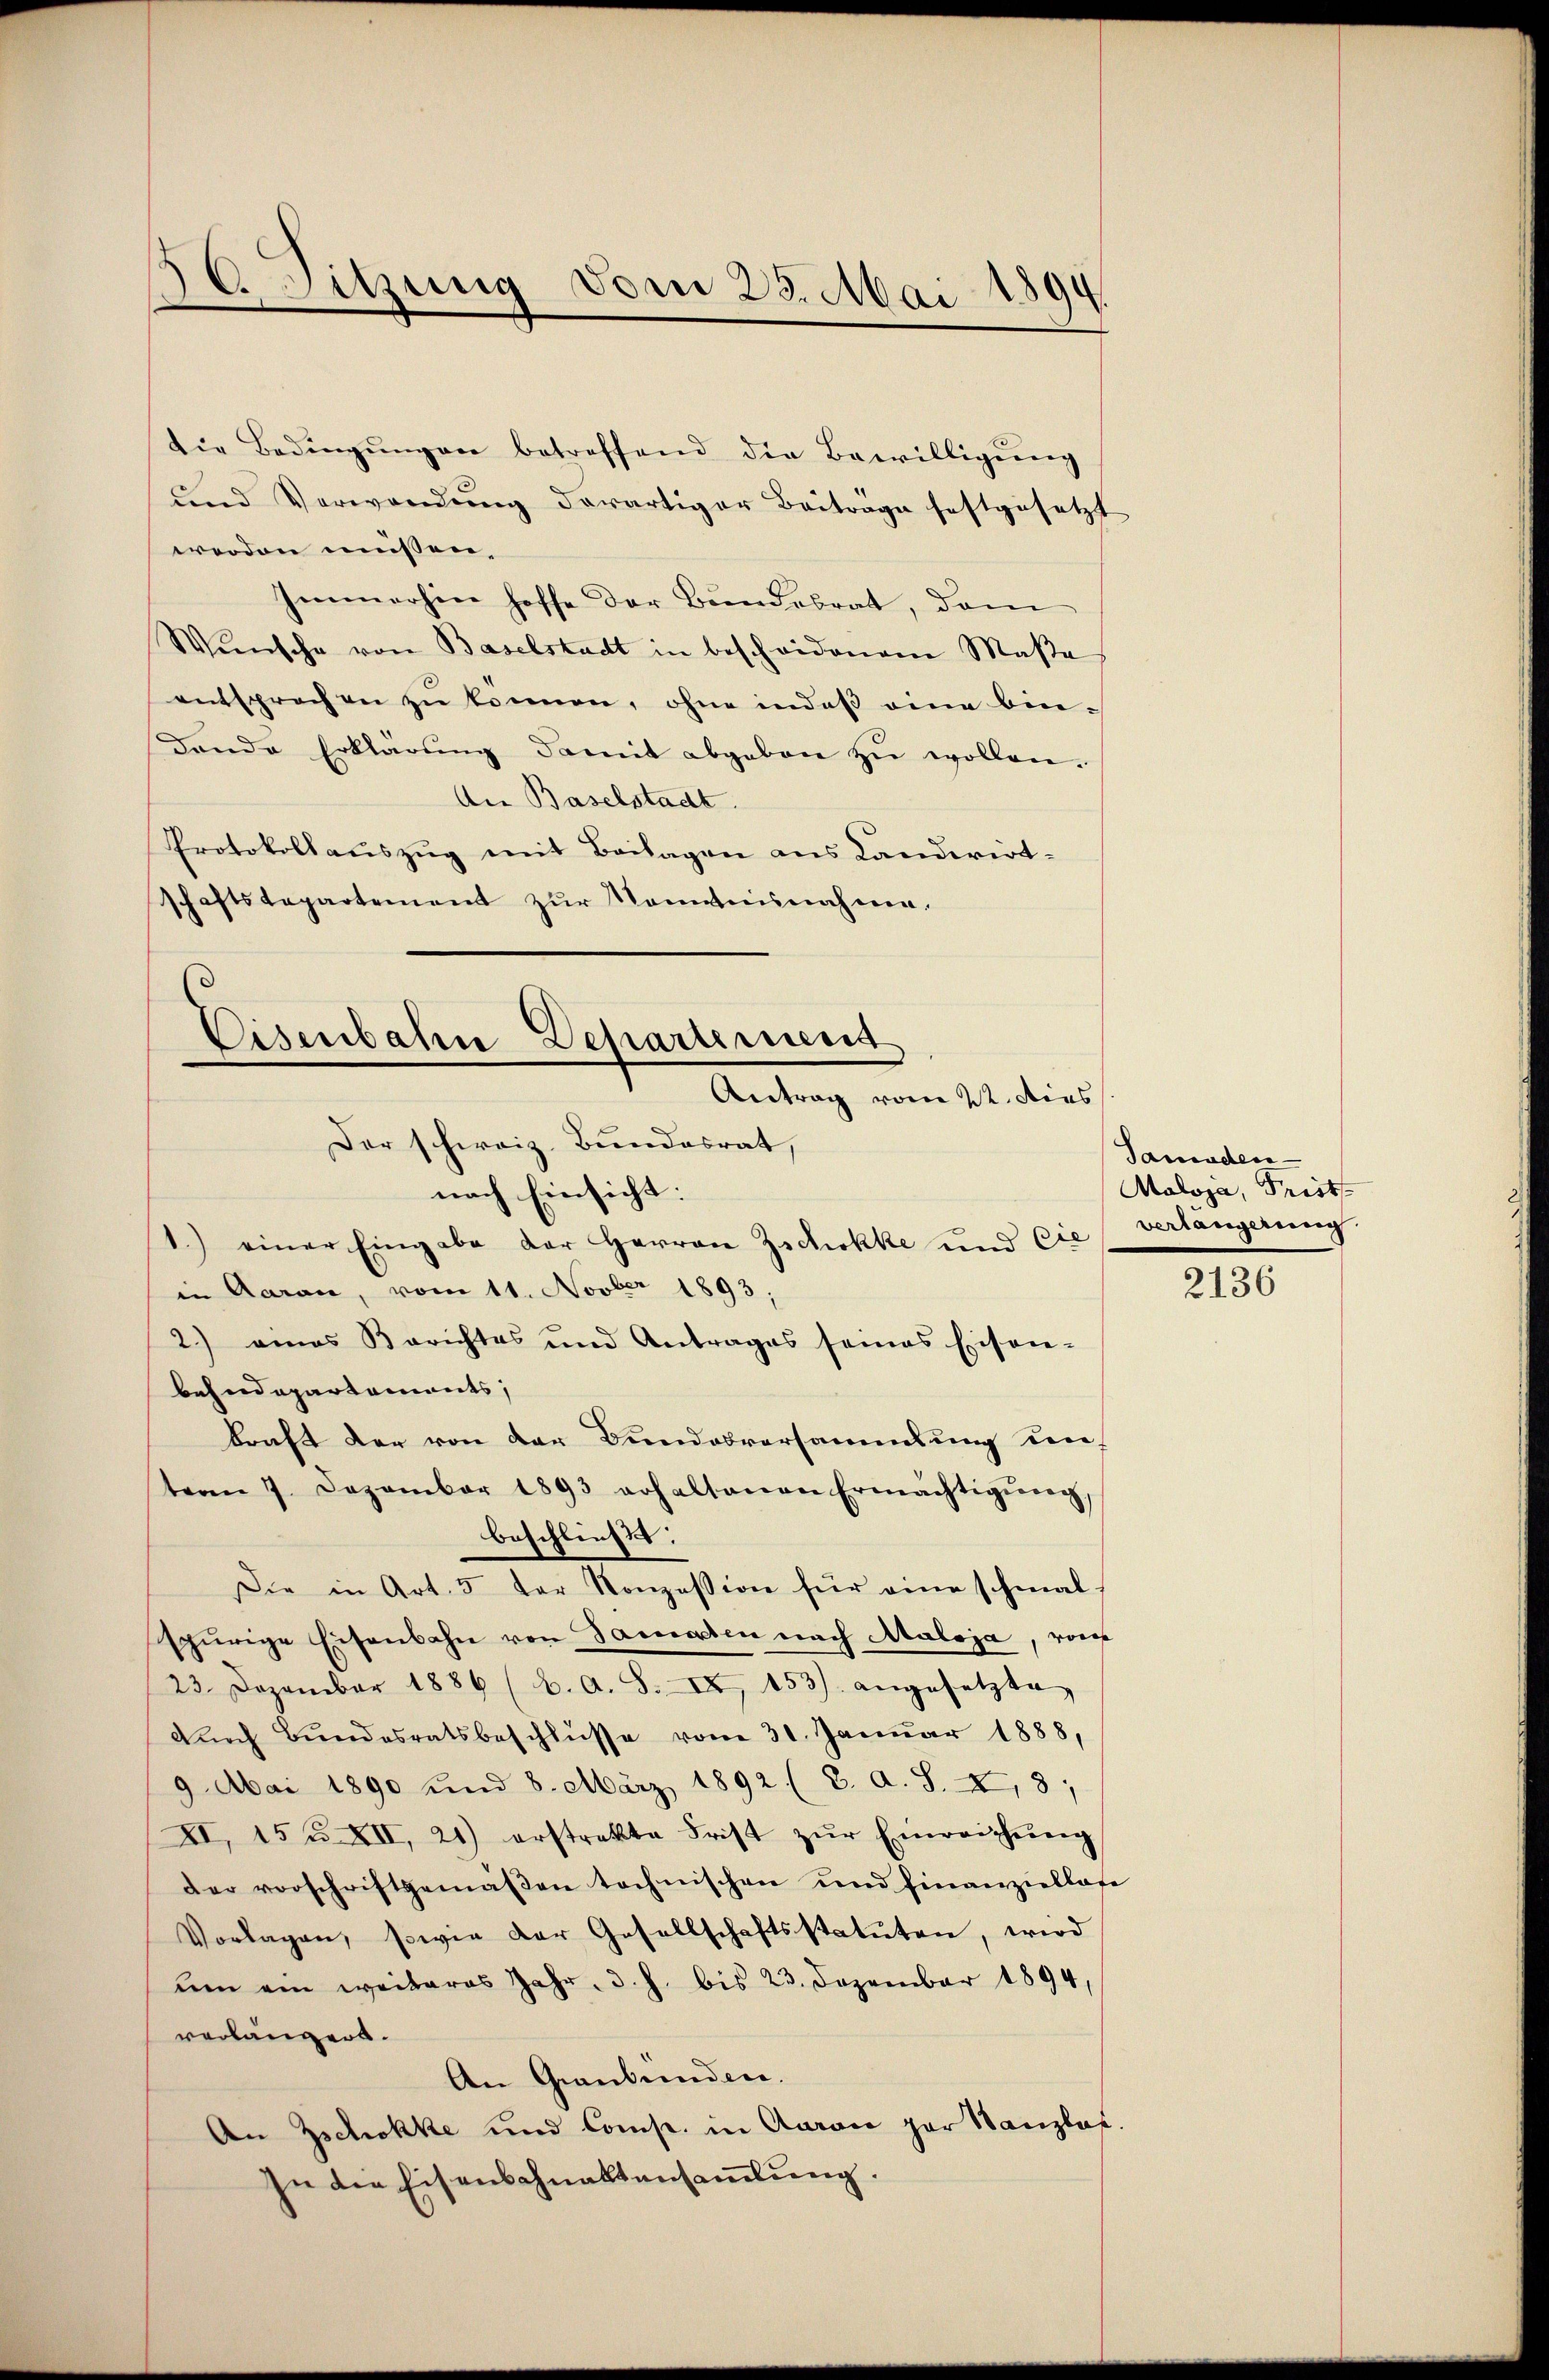
36 Sitzung vom 23. Mai
d

die Bedingŭngen betreffend die Bewilligŭng
und Verwandŭng derartiger Beitrage festgesetzt
werden müssen,
Immerhin hoffe der Bundesrat, dem
Wünsche von Baselstadt in bescheidenen Maße
entsprochen zŭ können, ohne indeß eine bindende Erklärŭng damit abgeben zŭ wollen.
An Baselstadt.
Protokollauszug mit Beilagen aus Landwirt-
schaftstepartement zur Momweisnahme.

Eisenbahn Departement
Antrag vom 22. dies

Der schweiz. Bundesrat,
nach Einsicht:
1.) einer Eingabe der Herren Zichokke und Cie
in Aaran, vom 11. Novber 1893.
2.) eines Berichtes und Antrages seines Eisen-
behndepartements,
kraft der von der Bundesversammlung un-
teren 7. Dezember 1893 erhaltenen Ermächtigŭng,
beschließt:
Die in Art. 5 der Konzession für eine schmal-
spurige Eisenbahn von Samasten nach Maloja, von
23. Dezember 1886 (2. A. S. II 453. angesetzte
Knoch Bŭndesratsbeschlüsse vom 31. Januar 1888,
9. Mai 1890 und 8. März 1892 (2. A. S. X. 8;
XI. 15 u XII, 21) erstrakte Frist zŭr Einreichŭng
der vorschriftgemäβen technischen und finanziellose
Vorlagen, sowie der Gesellschaftsstatuten, wird
um am weiteres Jahr. d. h. bis 23. Dezember 1894,
verlangers.
An Graubünden.
An Zschokke und Comp. in Aarace par Wanzlaf
In die Eisenschnaktansammlung.

Samaden
Maloja, Trist
verlängerung

2136